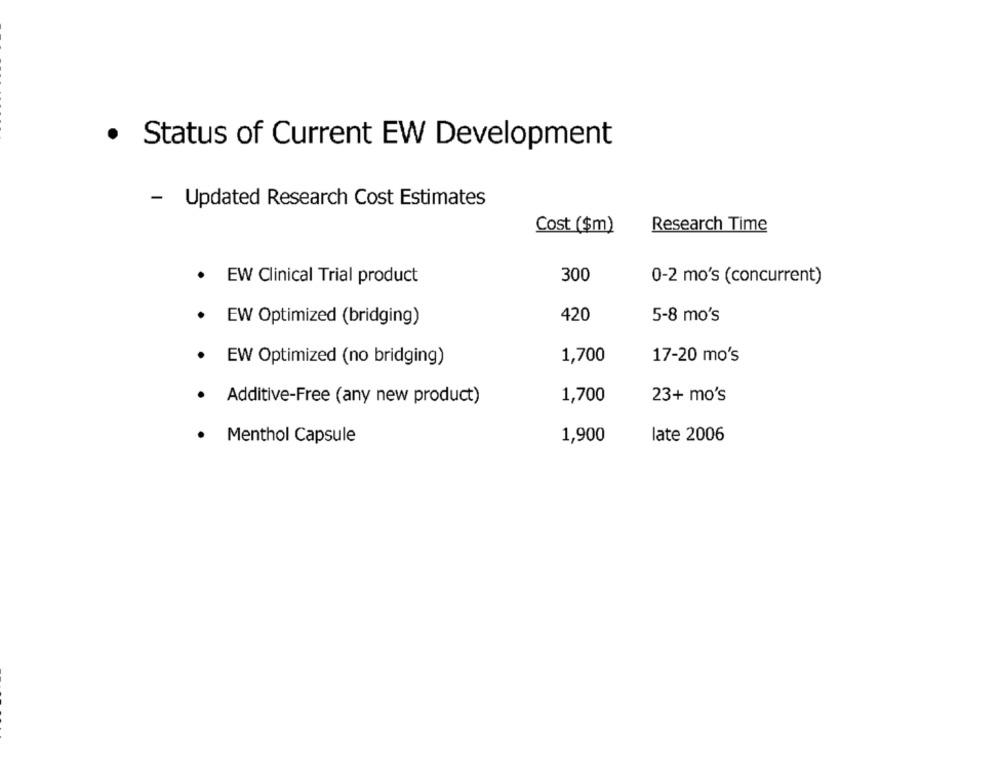
· Status of Current EW Development
- Updated Research Cost Estimates
Cost ($m)
Research Time
EW Clinical Trial product
300
0-2 mo's (concurrent)
420
5-8 mo's
EW Optimized (bridging)
1,700
EW Optimized (no bridging)
17-20 mo's
.
Additive-Free (any new product)
1,700
23+ mo's
.
Menthol Capsule
1,900
late 2006